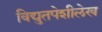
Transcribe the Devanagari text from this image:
विद्युतपेशीलेख